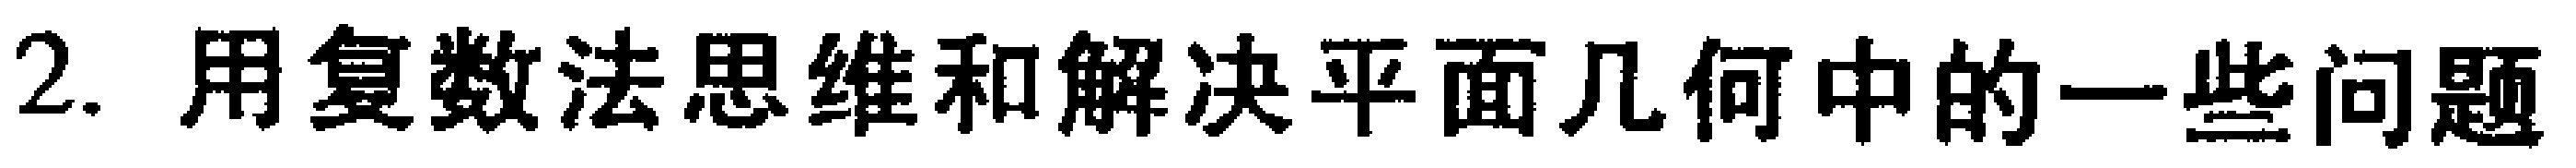
2. 用复数法思维和解决平面几何中的一些问题